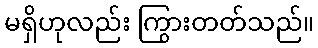
မရှိဟုလည်း ကြွားတတ်သည်။